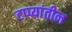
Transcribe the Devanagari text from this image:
टप्प्यांतील